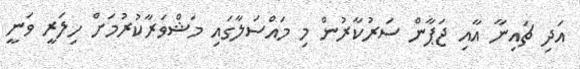
އަދި ޗައިނާ އާއި ޖަޕާން ސަރުކާރުން މި މައްސަލާގައި މަޝްވަރާކުރުމަށް ހިލަރީ ވަނީ